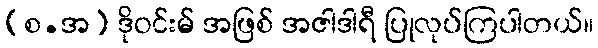
(စ.အ) ဒိုဝင်းမ် အဖြစ် အဇါဒါရီ ပြုလုပ်ကြပါတယ်။